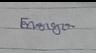
Signature authenticity: genuine